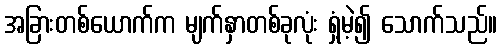
အခြားတစ်ယောက်က မျက်နှာတစ်ခုလုံး ရှံ့မဲ့၍ သောက်သည်။